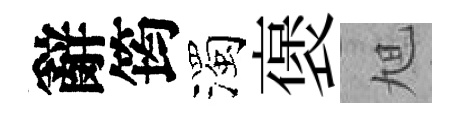
辭筠濁褒旭